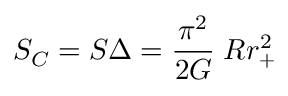
S _ { C } = S \Delta = { \frac { \pi ^ { 2 } } { 2 G } } \; R r _ { + } ^ { 2 }